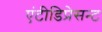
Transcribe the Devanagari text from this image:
एंटीडिप्रेसन्ट